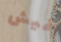
فيش